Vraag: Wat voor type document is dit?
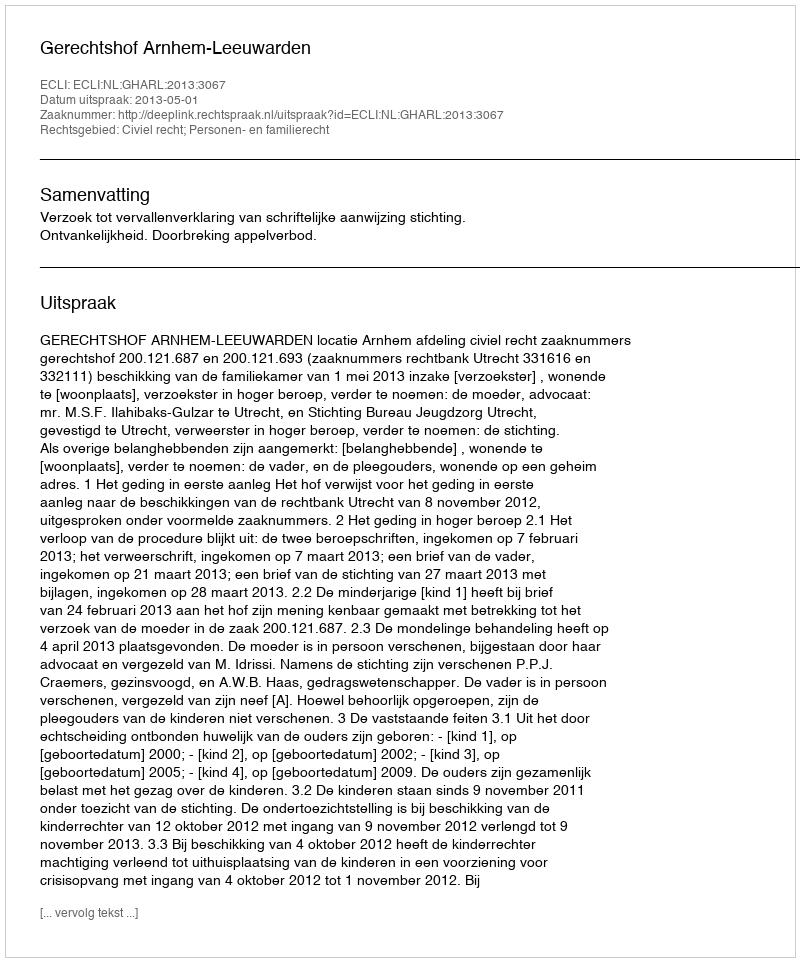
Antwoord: Uitspraak